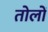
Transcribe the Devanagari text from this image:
तोलों